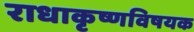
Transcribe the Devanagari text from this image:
राधाकृष्णविषयक